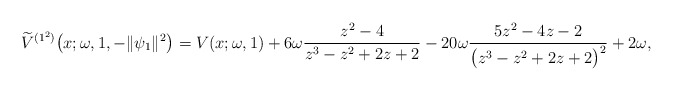
\begin{gather*} \widetilde{V}^{( 1^{2}) }\big(x;\omega ,1,-\Vert \psi _{1} \Vert ^{2}\big) =V ( x;\omega ,1 ) +6\omega\frac{z^{2}-4}{ z^{3}-z^{2}+2z+2} -20\omega\frac{5z^{2}-4z-2}{\big( z^{3}-z^{2}+2z+2\big) ^{2}} + 2\omega,\end{gather*}